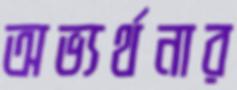
অভ্যর্থনার